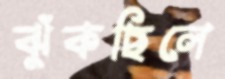
ঝুঁকছিলে